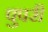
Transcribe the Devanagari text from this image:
पुपरी